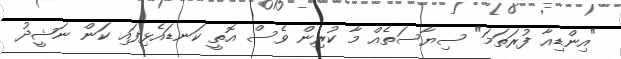
"އިންޑިއާ ފުރަތަމަ" ސިޔާސަތެއް މާ ކުރިން ވެސް އޮތީ ކަނޑައެޅިފައި ކަން ނަޝީދު